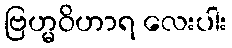
ဗြဟ္မဝိဟာရ လေးပါး